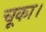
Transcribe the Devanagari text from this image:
चूका।